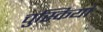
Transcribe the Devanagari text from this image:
चुस्कियां